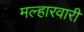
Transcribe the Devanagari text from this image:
मल्हारवारी